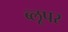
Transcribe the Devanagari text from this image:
ब्लूपर